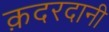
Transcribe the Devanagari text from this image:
क़दरदानी